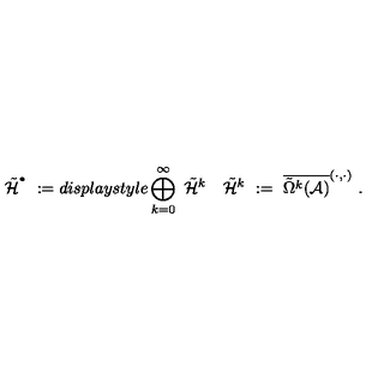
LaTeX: \tilde { { \mathcal H } } ^ { ^ { \bullet } } \ : = d i s p l a y s t y l e \bigoplus _ { k = 0 } ^ { \infty } \ \tilde { { \mathcal H } } ^ { k } \quad \tilde { { \mathcal H } } ^ { k } \ : = \ \overline { { \tilde { \Omega } ^ { k } ( { \mathcal A } ) } } ^ { ( \cdot , \cdot ) } \ .